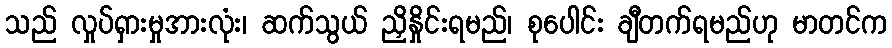
သည် လှုပ်ရှားမှုအားလုံး၊ ဆက်သွယ် ညှိနှိုင်းရမည်၊ စုပေါင်း ချီတက်ရမည်ဟု မာတင်က